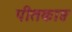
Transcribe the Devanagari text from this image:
पीतकाष्ठ